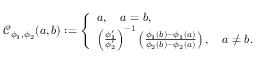
\begin{array} { r } { \mathcal { C } _ { \phi _ { 1 } , \phi _ { 2 } } ( a , b ) : = \left\{ \begin{array} { l l } { a , \quad a = b , } \\ { \left( \frac { \phi _ { 1 } ^ { \prime } } { \phi _ { 2 } ^ { \prime } } \right) ^ { - 1 } \left( \frac { \phi _ { 1 } ( b ) - \phi _ { 1 } ( a ) } { \phi _ { 2 } ( b ) - \phi _ { 2 } ( a ) } \right) , \quad a \neq b . } \end{array} \right. } \end{array}